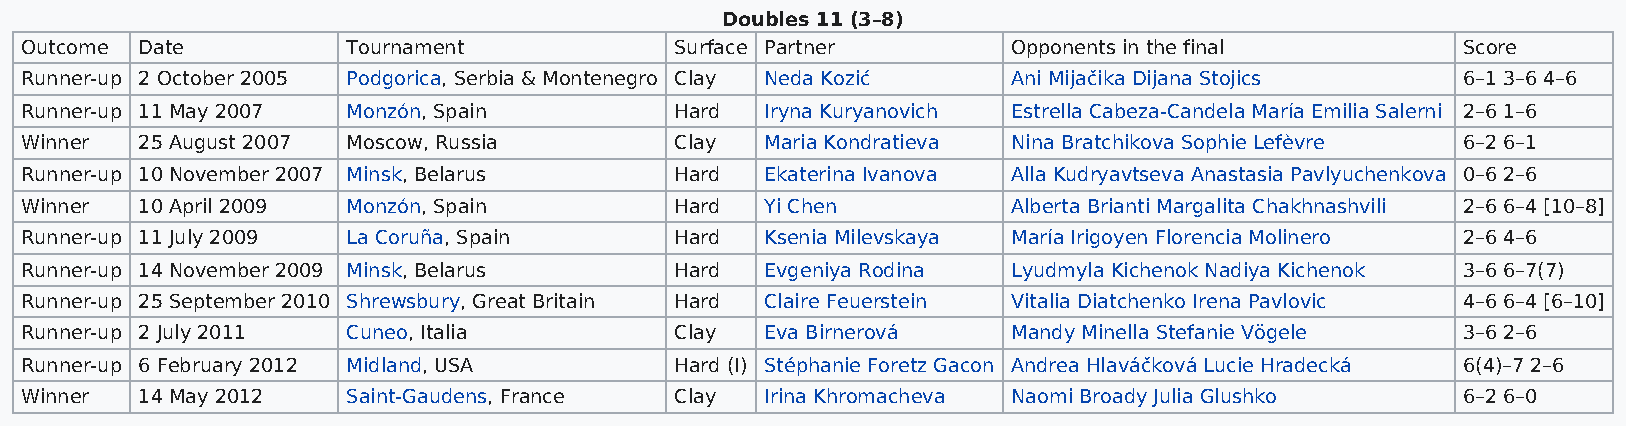
Doubles 11 (3–8)
 Outcome Date          Tournament            Surface Partner       Opponents in the final        Score
 Runner-up 2 October 2005 Podgorica, Serbia & Montenegro Clay Neda Kozić Ani Mijačika Dijana Stojics 6–1 3–6 4–6
 Runner-up 11 May 2007 Monzón, Spain         Hard  Iryna Kuryanovich Estrella Cabeza-Candela María Emilia Salerni 2–6 1–6
 Winner  25 August 2007 Moscow, Russia       Clay  Maria Kondratieva Nina Bratchikova Sophie Lefèvre 6–2 6–1
 Runner-up 10 November 2007 Minsk, Belarus   Hard  Ekaterina Ivanova Alla Kudryavtseva Anastasia Pavlyuchenkova 0–6 2–6
 Winner  10 April 2009 Monzón, Spain         Hard  Yi Chen         Alberta Brianti Margalita Chakhnashvili 2–6 6–4 [10–8]
 Runner-up 11 July 2009 La Coruña, Spain     Hard  Ksenia Milevskaya María Irigoyen Florencia Molinero 2–6 4–6
 Runner-up 14 November 2009 Minsk, Belarus   Hard  Evgeniya Rodina Lyudmyla Kichenok Nadiya Kichenok 3–6 6–7(7)
 Runner-up 25 September 2010 Shrewsbury, Great Britain Hard Claire Feuerstein Vitalia Diatchenko Irena Pavlovic 4–6 6–4 [6–10]
 Runner-up 2 July 2011 Cuneo, Italia         Clay  Eva Birnerová   Mandy Minella Stefanie Vögele 3–6 2–6
 Runner-up 6 February 2012 Midland, USA      Hard (I) Stéphanie Foretz Gacon Andrea Hlaváčková Lucie Hradecká 6(4)–7 2–6
 Winner  14 May 2012   Saint-Gaudens, France Clay  Irina Khromacheva Naomi Broady Julia Glushko  6–2 6–0